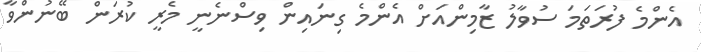
އެންމެ ފުރަތަމަ ސުވާލު ޒާމިންއަށް އެންމެ ގިނައިން ވިސްނެނީ މެރީ ކުރަން ބޭނުންވާ